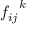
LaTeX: { f _ { i j } } ^ { k }